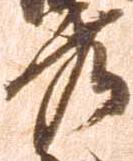
秀